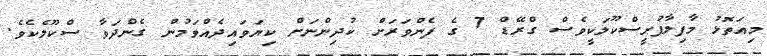
މިއަތޮޅު މާފިލާފުށީސްކޫލަކީވެސް ގްރޭޑް 7 ގެ ފެންވަރަށް ކުދިންނަށް ކިޔަވައިދެއްވަމުން ގެންދަވާ ސްކޫލެކެވެ.